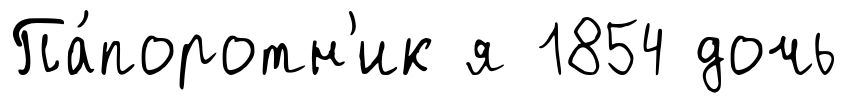
Па́поротн'ик я 1854 дочь